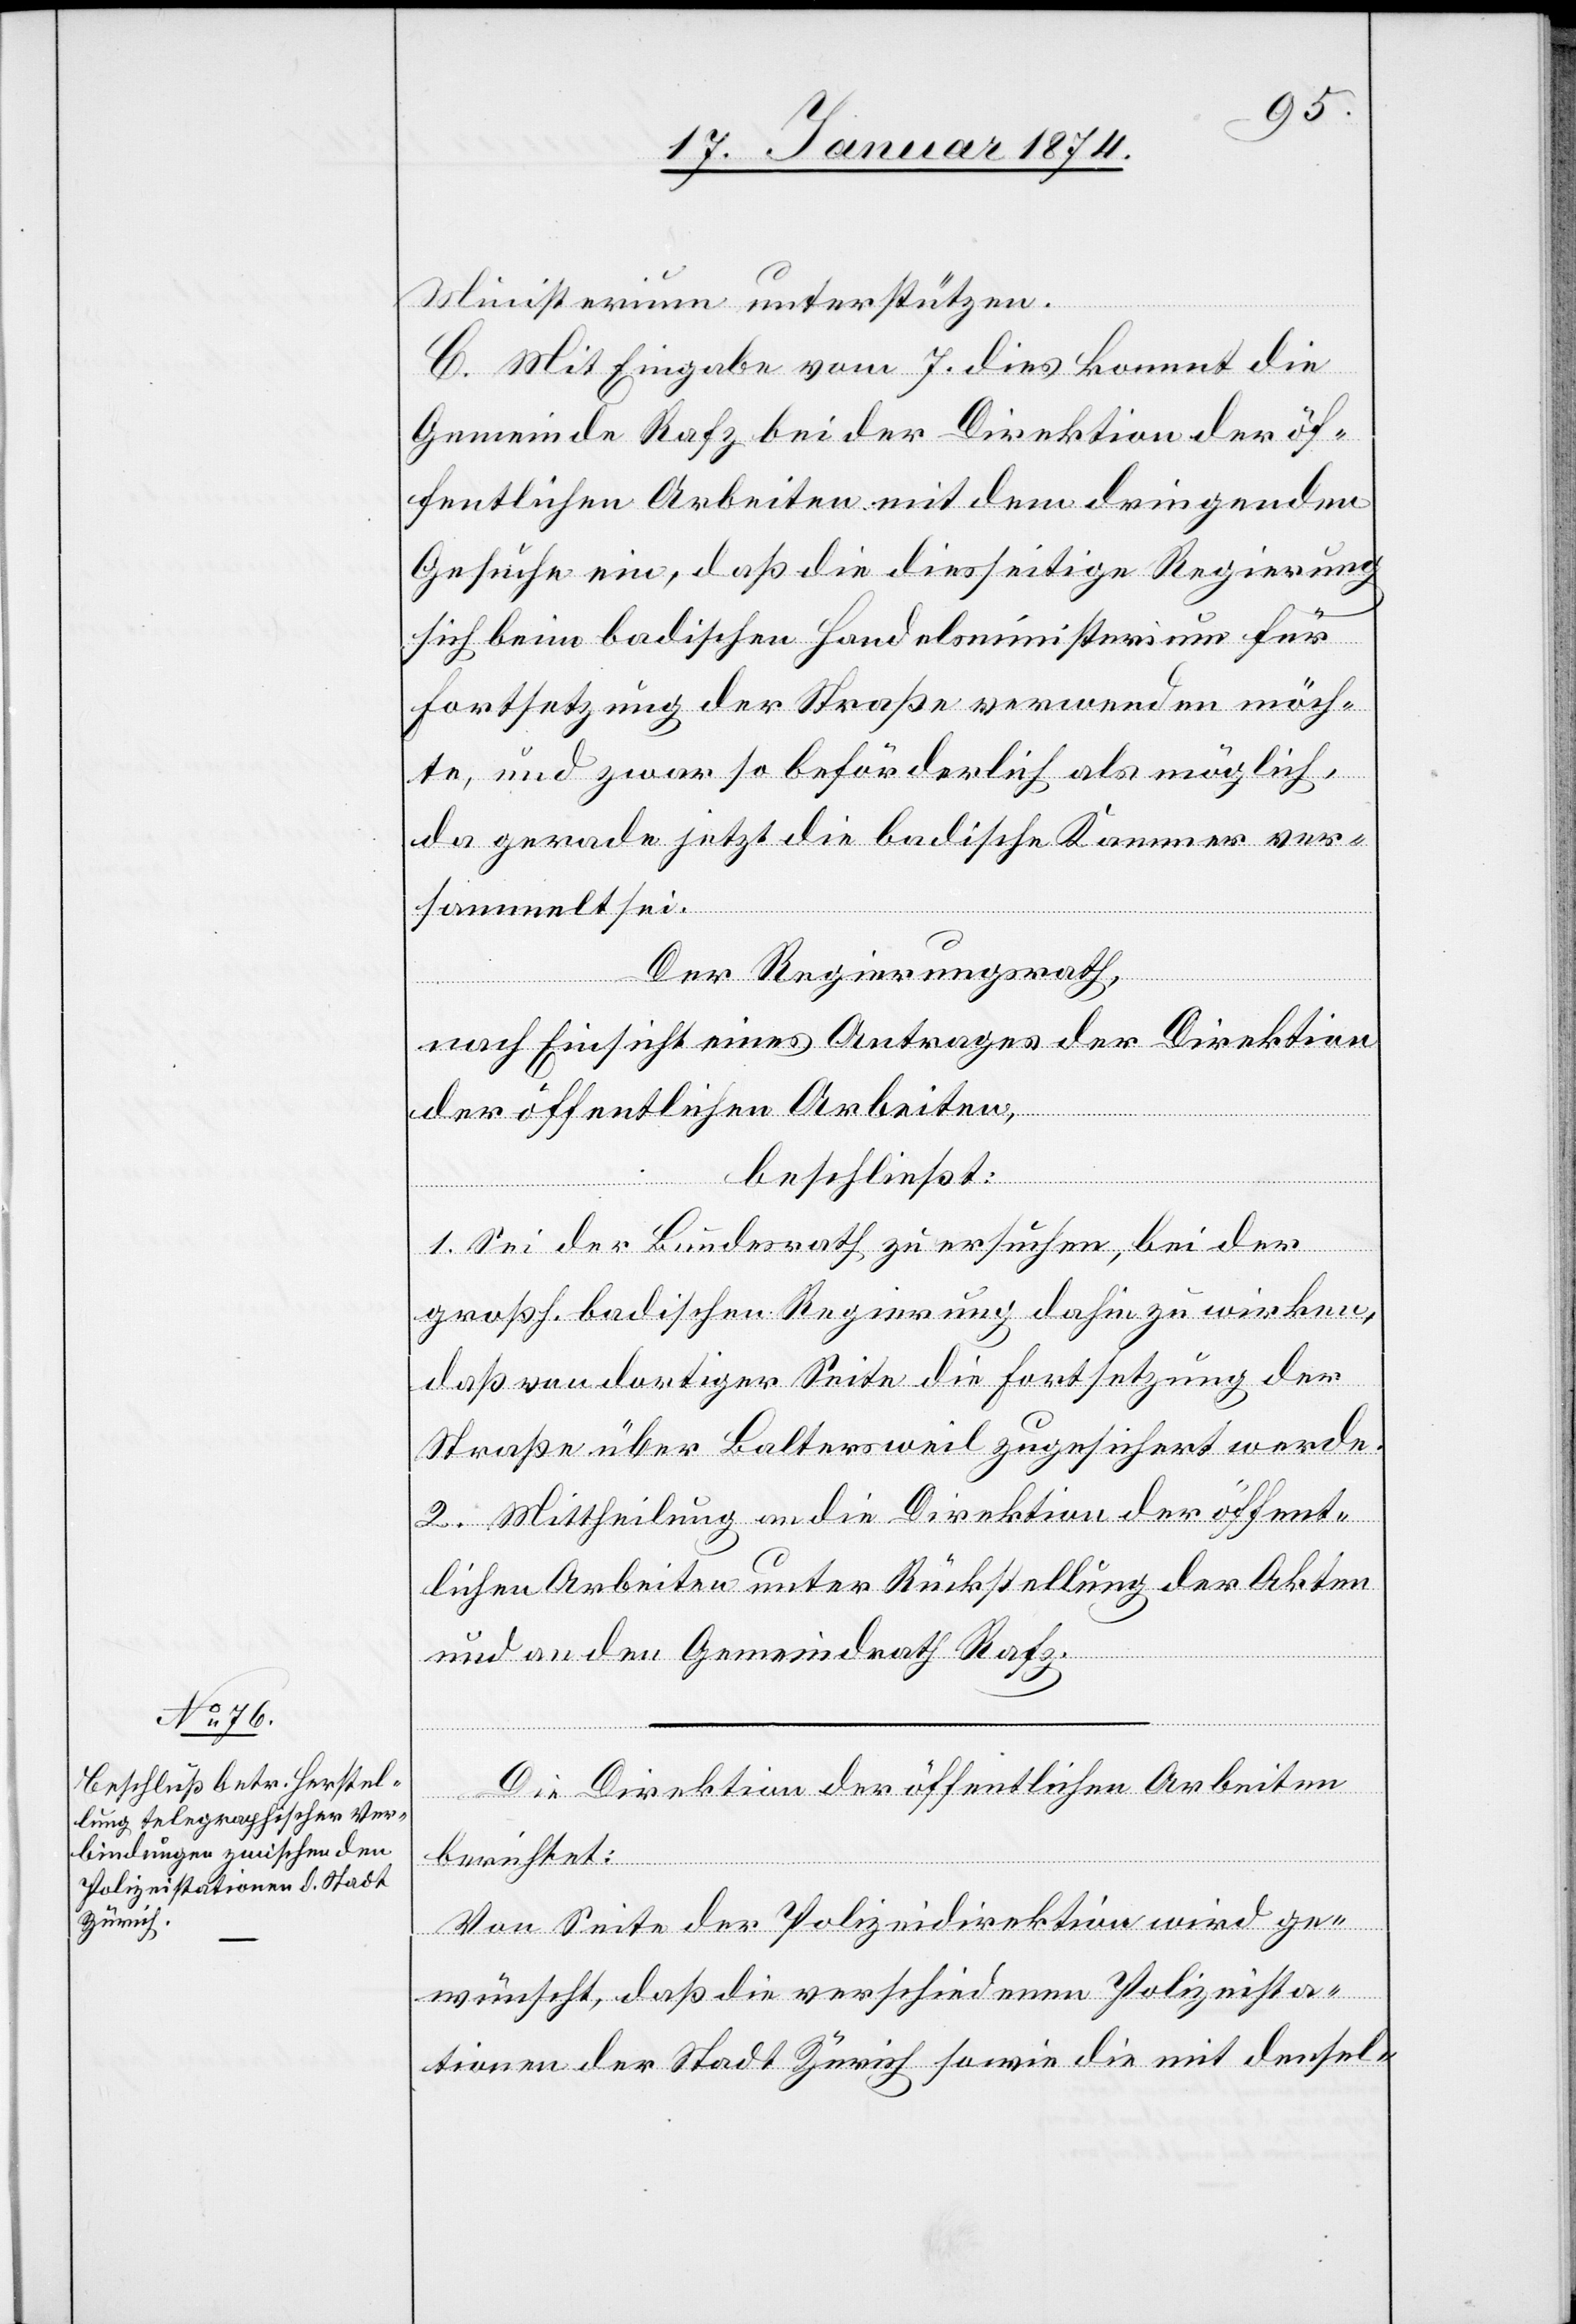
Ministerium unterstützen.
C. Mit Eingabe vom 7. dies kommt die
Gemeinde Rafz bei der Direktion der öf¬
fentlichen Arbeiten mit dem dringenden
Gesuche ein, daß die diesseitige Regierung
sich beim badischen Handelsministerium für
Fortsetzung der Straße verwenden möch¬
te, und zwar so beförderlich als möglich,
da gerade jetzt die badische Kammer ver¬
sammelt sei.
Der Regierungsrath,
nach Einsicht eines Antrages der Direktion
der öffentlichen Arbeiten,
beschließt:
1. Sei der Bundesrath zu ersuchen, bei der
großh. badischen Regierung dahin zu wirken,
daß von dortiger Seite die Fortsetzung der
Straße über Baltersweil zugesichert werde.
2. Mittheilung an die Direktion der öffent¬
lichen Arbeiten unter Rückstellung der Akten
und an den Gemeindrath Rafz.
Die Direktion der öffentlichen Arbeiten
berichtet:
Von Seite der Polizeidirektion wird ge¬
wünscht, daß die verschiedenen Polizeista¬
tionen der Stadt Zürich sowie die mit dersel-